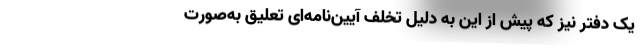
یک دفتر نیز که پیش از این به دلیل تخلف آیین‌نامه‌ای تعلیق به‌صورت